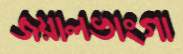
জয়ালভাংগা